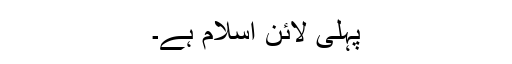
پہلى لائن اسلام ہے۔